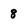
Character: 8